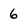
Character: 6